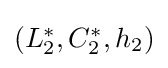
{\textstyle (L_{2}^{*},C_{2}^{*},h_{2})}